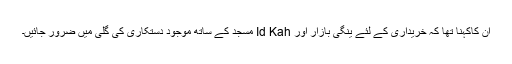
اُن کاکہنا تھا کہ خریداری کے لئے ینگی بازار اور Id Kah مسجد کے ساتھ موجود دستکاری کی گلی میں ضرور جائیں۔